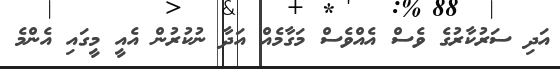
އަދި ސަަރުކާރުގެ ވެސް އެއްވެސް މަގާމެއް އަދާ ނުކުރުން އެއީ މީގައި އެންމެ